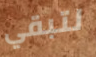
لتبقي